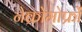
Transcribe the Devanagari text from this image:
नेक्रोमोर्फ्रों